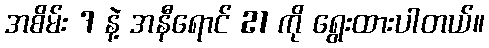
အစိမ်း 7 နဲ့ အနီရောင် 21 ကို ရွေးထားပါတယ်။